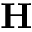
{ \bf H }